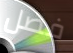
فضل